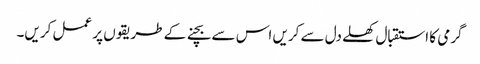
گرمی کا استقبال کھلے دل سے کریں اس سے بچنے کے طریقوں پر عمل کریں۔